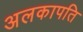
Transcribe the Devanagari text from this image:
अलकापति